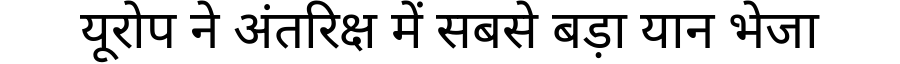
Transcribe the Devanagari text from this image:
यूरोप ने अंतरिक्ष में सबसे बड़ा यान भेजा